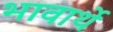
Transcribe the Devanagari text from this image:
भावार्थे